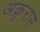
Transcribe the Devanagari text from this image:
अक्रृरास